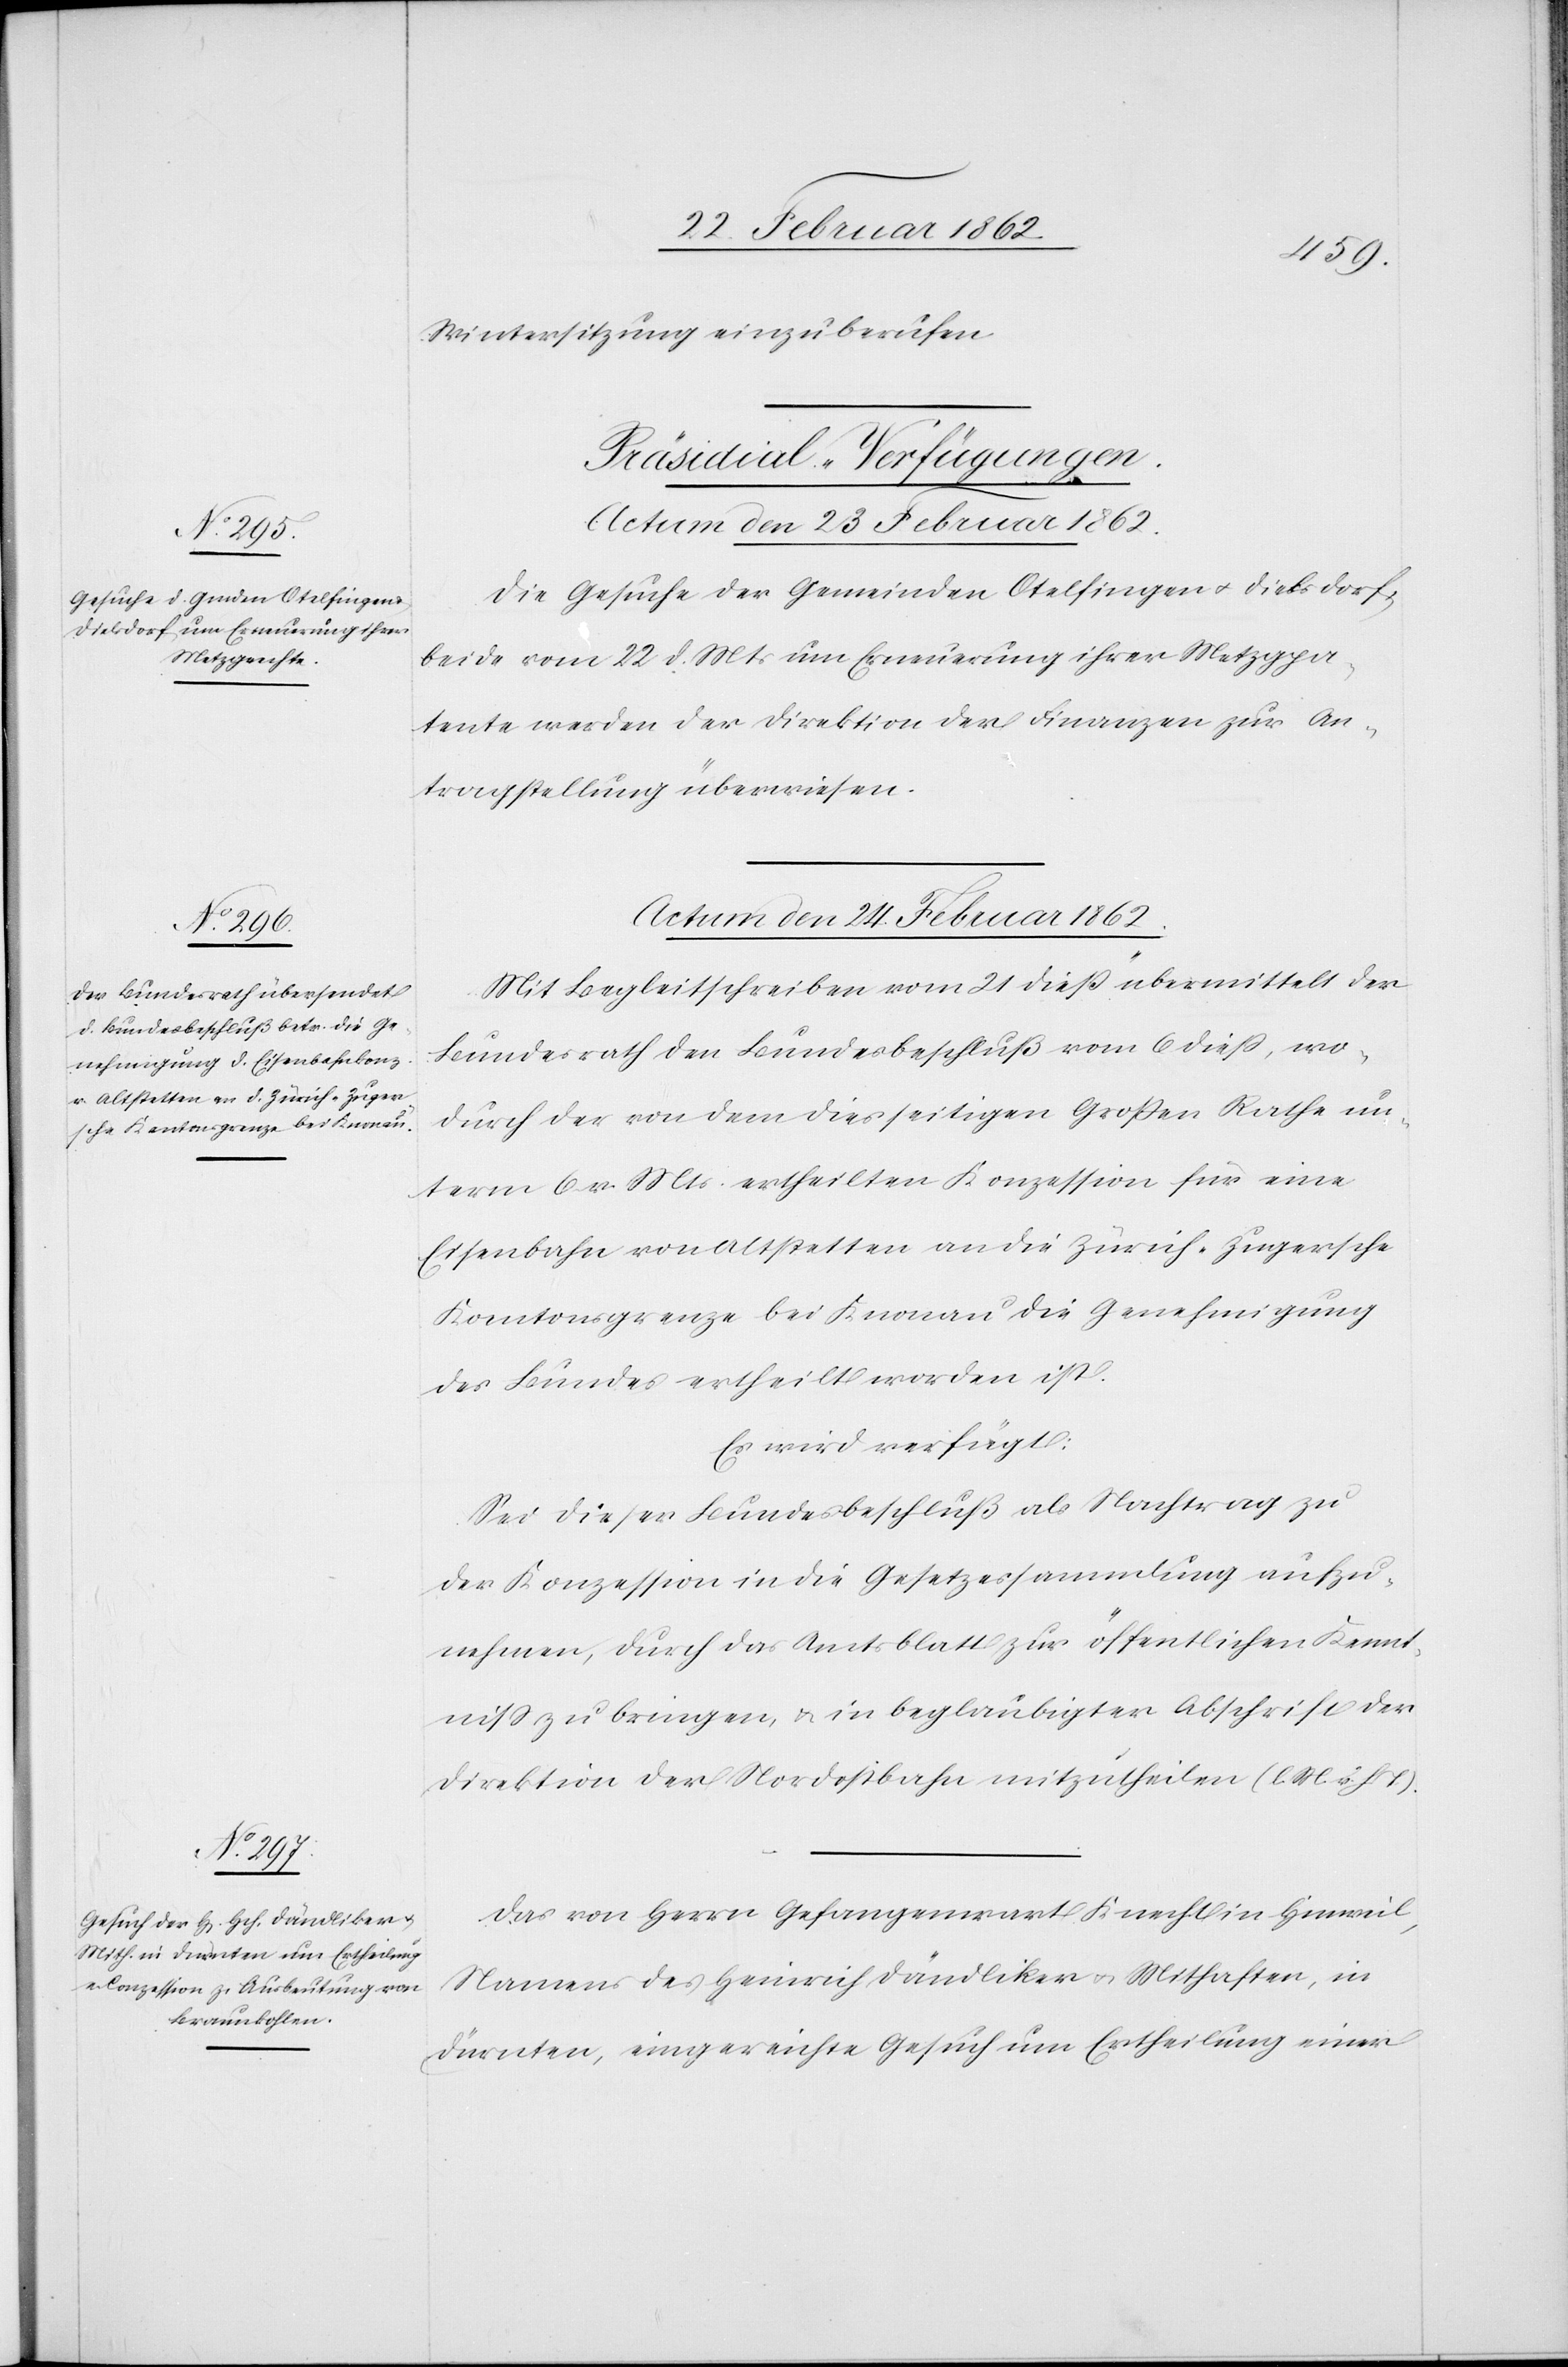
Wintersitzung einzuberufen.
[Präsidial-Verfügungen.
Actum den 23 Februar 1862.
Die Gesuche der Gemeinden Otelfingen u. Dielsdorf,
beide vom 22 d. Mts um Erneuerung ihrer Metzgpa¬
tente werden dier Direktion der Finanzen zur An¬
tragstellung überwiesen.
Actum den 24 Februar 1862.]
Mit Begleitschreiben vom 21 dieß übermittelt der
Bundesrath den Bundesbeschluß vom 6 dieß, wo¬
durch der von dem diesseitigen Großen Rathe un¬
term 6 v. Mts ertheilten Konzession für eine
Eisenbahn von Altstetten an die Zürich-Zugersche
Kantonsgrenze bei Knonau die Genehmigung
des Bundes ertheilt worden ist.
Es wird verfügt:
Sei dieser Bundesbeschluß als Nachtrag zu
der Konzession in die Gesetzessammlung aufzu¬
nehmen, durch das Amtsblatt zur öffentlichen Kennt¬
niß zu bringen, u. in beglaubigter Abschrift der
Direktion der Nordostbahn mitzutheilen (l. M. v. h. T).
Das von Herrn Gefangenwart Knecht in Hinweil,
Namens des Heinrich Dändliker u. Mithaften, in
Dürnten, eingereichte Gesuch um Ertheilung einer